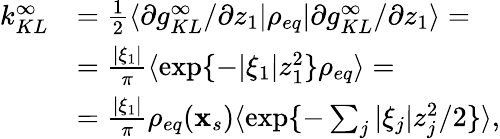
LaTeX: \begin{array}{rl}{k_{KL}^{\infty}}&{=\frac{1}{2}\langle\partial g_{KL}^{\infty}/\partial z_{1}\rvert\rho_{eq}\lvert\partial g_{KL}^{\infty}/\partial z_{1}\rangle=}\\ &{=\frac{|\xi_{1}|}{\pi}\langle\exp\{ -|\xi_{1}|z_{1}^{2}\} \rho_{eq}\rangle=}\\ &{=\frac{|\xi_{1}|}{\pi}\rho_{eq}(\mathbf{x}_{s})\langle\exp\{ -\sum_{j}|\xi_{j}|z_{j}^{2}/2\} \rangle,}\end{array}